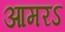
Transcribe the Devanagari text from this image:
आमरऽ